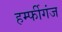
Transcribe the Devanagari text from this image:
हर्म्फीगंज